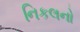
નિકલનો